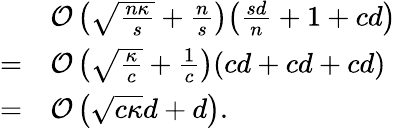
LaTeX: \begin{array}{rl}&{\mathcal{O}\left(\sqrt{\frac{n\kappa}{s}}+\frac{n}{s}\right)\! \left(\frac{sd}{n}+1+cd\right)}\\ {=}&{\mathcal{O}\left(\sqrt{\frac{\kappa}{c}}+\frac{1}{c}\right)\! \left(cd+cd+cd\right)}\\ {=}&{\mathcal{O}\left(\sqrt{c\kappa}d+d\right).}\end{array}